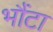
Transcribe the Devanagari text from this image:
भौंटा